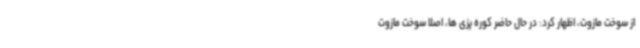
از سوخت مازوت، اظهار کرد: در حال حاضر کوره پزی ها، اصلا سوخت مازوت